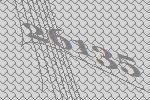
26135